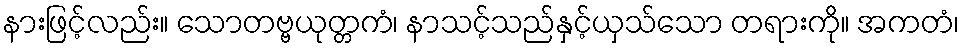
နားဖြင့်လည်း။ သောတဗ္ဗယုတ္တကံ၊ နာသင့်သည်နှင့်ယှသ်သော တရားကို။ အကတံ၊